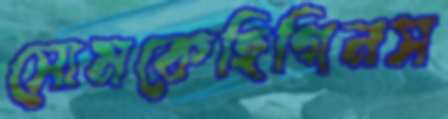
সোমকেহিগিনস